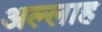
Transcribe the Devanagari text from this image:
अल्‍लाह